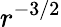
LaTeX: r^{-3/2}